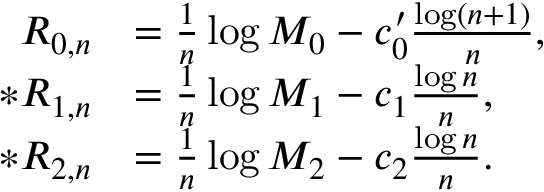
\begin{array} { r l } { R _ { 0 , n } } & { = \frac { 1 } { n } \log M _ { 0 } - c _ { 0 } ^ { \prime } \frac { \log ( n + 1 ) } { n } , } \\ { * R _ { 1 , n } } & { = \frac { 1 } { n } \log M _ { 1 } - c _ { 1 } \frac { \log n } { n } , } \\ { * R _ { 2 , n } } & { = \frac { 1 } { n } \log M _ { 2 } - c _ { 2 } \frac { \log n } { n } . } \end{array}